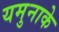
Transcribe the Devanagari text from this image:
यमुनाके